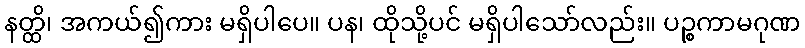
နတ္ထိ၊ အကယ်၍ကား မရှိပါပေ။ ပန၊ ထိုသို့ပင် မရှိပါသော်လည်း။ ပဉ္စကာမဂုဏ